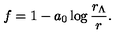
f = 1 - a _ { 0 } \log \frac { r _ { \Lambda } } { r } .